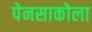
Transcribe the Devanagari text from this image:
पेनसाकोला